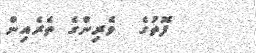
ފޮތުގެ  ވެރިންގެ ތެރެއިން